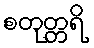
စတုတ္တရိ